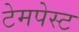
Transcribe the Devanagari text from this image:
टेमपेस्ट